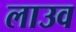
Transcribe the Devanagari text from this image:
लाउव